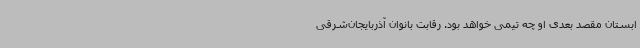
ابستان مقصد بعدی او چه تیمی خواهد بود. رقابت بانوان آذربایجان‌شرقی